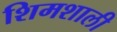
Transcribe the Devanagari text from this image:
शिमशाली